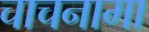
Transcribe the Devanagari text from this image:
चाचनामा